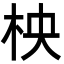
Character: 柍